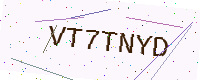
Text: VT7TNYD